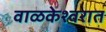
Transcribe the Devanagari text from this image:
वाळकेश्वरात